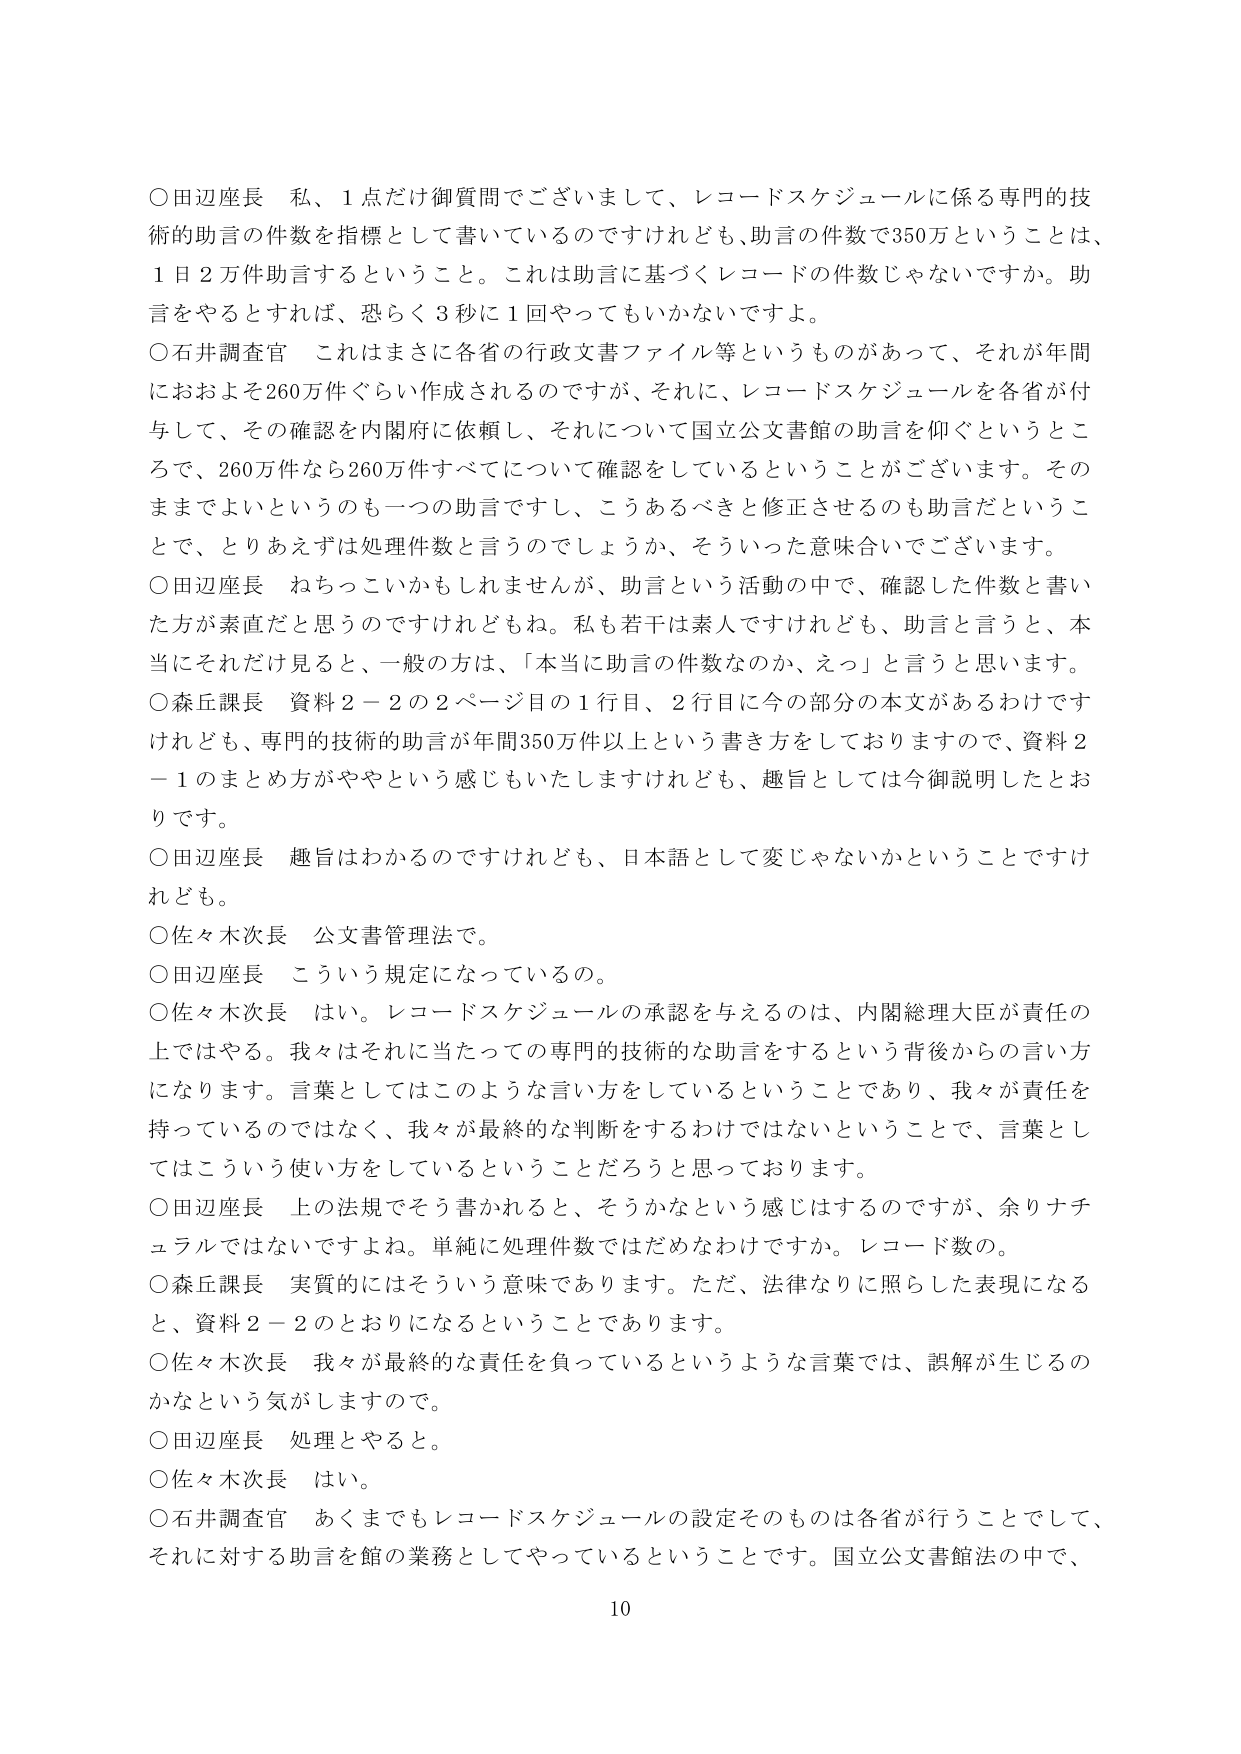
○田辺座長　私、1点だけ御質問でございまして、レコードスケジュールに係る専門的技術的助言の件数を指標として書いているのですけれども、助言の件数で350万ということは、1日2万件助言するということ。これは助言に基づくレコードの件数じゃないですか。助言をやるとすれば、恐らく3秒に1回やってもいかないですよ。

○石井調査官　これはまさに各省の行政文書ファイル等というものがあって、それが年間におおよそ260万件ぐらい作成されるのですが、それに、レコードスケジュールを各省が付与して、その確認を内閣府に依頼し、それについて国立公文書館の助言を仰ぐというところで、260万件なら260万件すべてについて確認をしているということがございます。そのままでもよいというのも一つの助言ですし、こうあるべきと修正させるのも助言だということで、とりあえずは処理件数と言うのでしょうか、そういった意味合いでございます。

○田辺座長　ねちっこいかもしれませんが、助言という活動の中で、確認した件数と書いた方が素直だと思うのですけれどもね。私も若干は素人ですけれども、助言と言うと、本当にそれだけ見ると、一般の方は、「本当に助言の件数なのか、えっ」と言うと思います。

○森丘課長　資料2－2の2ページ目の1行目、2行目に今の部分の本文があるわけですが、専門的技術的助言が年間350万件以上という書き方をしておりますので、資料2－1のまとめ方がややという感じもいたしますけれども、趣旨としては今御説明したとおりです。

○田辺座長　趣旨はわかるのですけれども、日本語として変じゃないかということですけれども。

○佐々木次長　公文書管理法で。

○田辺座長　こういう規定になっているの。

○佐々木次長　はい。レコードスケジュールの承認を与えるのは、内閣総理大臣が責任の上ではやる。我々はそれに当たっての専門的技術的な助言をするという背後からの言い方になります。言葉としてはこのような言い方をしているということであり、我々が責任を持っているのではなく、我々が最終的な判断をするわけではないということで、言葉としてはこういう使い方をしているということだろうと思っております。

○田辺座長　上の法規でそう書かれると、そうかなという感じはするのですが、余りナチュラルではないですよね。単純に処理件数ではだめなわけですか。レコード数の。

○森丘課長　実質的にはそういう意味であります。ただ、法律なりに照らした表現になると、資料2－2のとおりになるということあります。

○佐々木次長　我々が最終的な責任を負っているというような言葉では、誤解が生じるのかなという気がしますので。

○田辺座長　処理とやると。

○佐々木次長　はい。

○石井調査官　あくまでもレコードスケジュールの設定そのものは各省が行うこととして、それに対する助言を館の業務としてやっているということです。国立公文書館法の中で、

10